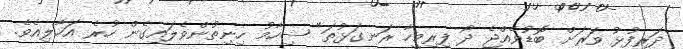
ދަރިފުޅު ވަރަށް ބޮޑުވެއްޖެ ދޯ ފިރިމީހާ ރަނގަޅުތަ" ޝިހާމު ހިނިތުންވެލައިގެން ހުރެ އަހާލިއެވެ.